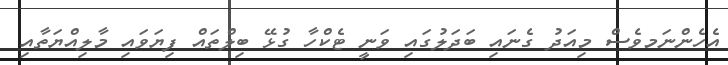
އެހެންނަމވެސް މިއަދު ގެނައި ބަދަލުގައި ވަނީ ޓެކްހާ ގުޅޭ ބިލްތައް ފިޔަވައި މާލިއްޔަތާއި